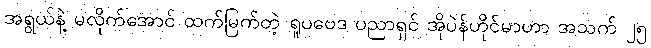
အရွယ်နဲ့ မလိုက်အောင် ထက်မြက်တဲ့ ရူပဗေဒ ပညာရှင် အိုပဲန်ဟိုင်မာဟာ အသက် ၂၅